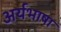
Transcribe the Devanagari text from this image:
अर्यभाषा